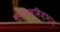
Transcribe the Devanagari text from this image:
भूगोलभूविज्ञान